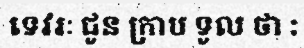
ទេវរៈ ជូន ក្រាប ទូល ថា :